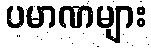
ပမာဏများ